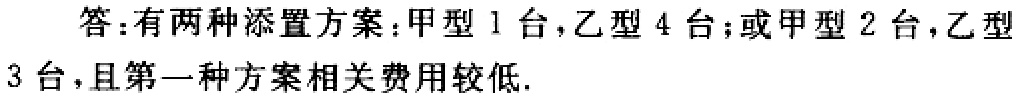
答：有两种添置方案：甲型 1 台，乙型 4 台；或甲型 2 台，乙型 3 台，且第一种方案相关费用较低.